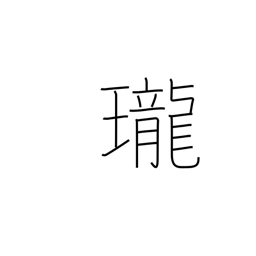
Meaning: clarity